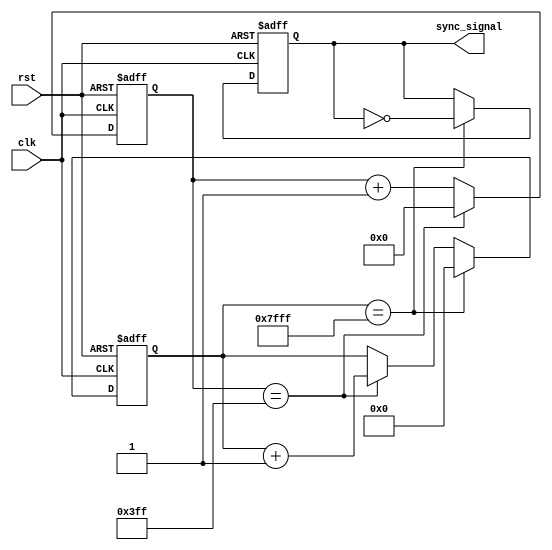
module multirate_timer (
    input clk,
    input rst,
    output reg sync_signal
);

reg [9:0] counter1;
reg [14:0] counter2;

always @(posedge clk or posedge rst) begin
    if (rst) begin
        counter1 <= 10'b0;
        counter2 <= 15'b0;
        sync_signal <= 1'b0;
    end else begin
        counter1 <= counter1 + 1;
        if (counter1 == 10'b1111111111) begin
            counter1 <= 10'b0;
            counter2 <= counter2 + 1;
        end
        if (counter2 == 15'b111111111111111) begin
            counter2 <= 15'b0;
            sync_signal <= ~sync_signal;
        end
    end
end

endmodule